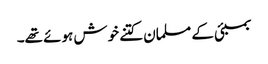
بمبئی کے مسلمان کتنے خوش ہوئے تھے۔